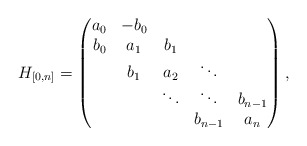
\begin{align*}H_{[0,n]}=\begin{pmatrix} a_0 & -b_0 & & \\ b_0 & a_1 & b_1 & \\ & b_1 & a_2 & \ddots\\ & & \ddots & \ddots & b_{n-1}\\ & & & b_{n-1} & a_n \\\end{pmatrix},\end{align*}